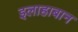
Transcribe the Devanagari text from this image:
इलाहाबान